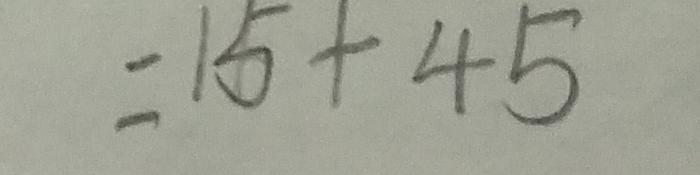
= 1 5 + 4 5